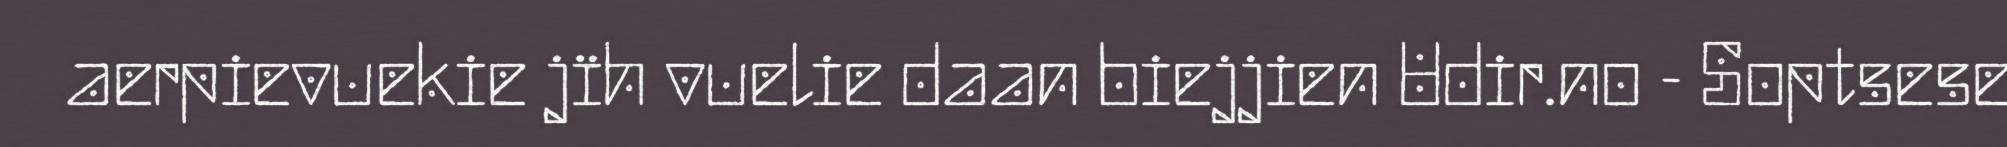
aerpievuekie jïh vuelie daan biejjien Udir.no - Soptsese